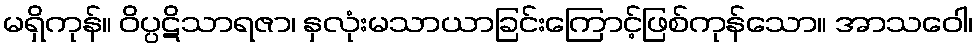
မရှိကုန်။ ဝိပ္ပဋိသာရဇာ၊ နှလုံးမသာယာခြင်းကြောင့်ဖြစ်ကုန်သော။ အာသဝေါ၊